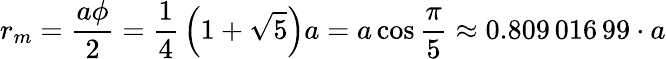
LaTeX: r_{m}={\frac{a\phi}{2}}={\frac{1}{4}}\left(1+{\sqrt{5}}\right)a=a\cos{\frac{\pi}{5}}\approx 0.809\, 016\, 99\cdot a